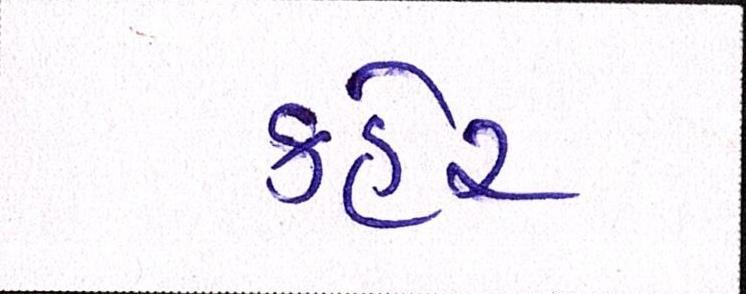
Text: કહેર